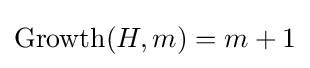
\operatorname {Growth} (H,m)=m+1